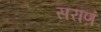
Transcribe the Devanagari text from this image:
सराणं